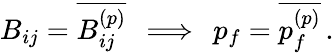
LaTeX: B_{ij}=\overline{{B_{ij}^{(p)}}}\, \implies\, p_{f}=\overline{{p_{f}^{(p)}}}\, .